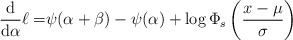
\begin{align*}\frac{\mathrm{d}}{\mathrm{d}\alpha}\ell=&\psi(\alpha+\beta) - \psi(\alpha) +\log\Phi_s\left(\frac{x-\mu}{\sigma}\right)\end{align*}